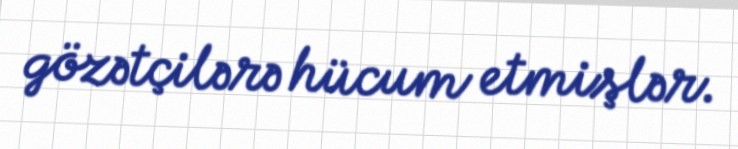
gözətçilərə hücum etmişlər.